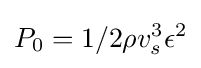
P_{0}=1/2\rho v_{s}^{3}\epsilon ^{2}